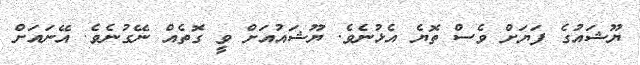
ޔޫޝައުގެ ފަޔަށް ވެސް ތޮޔެ އެޅުނެވެ. ޔޫޝައުއަށް ވީ ގޮތެއް ނޭގުނެވެ. އޭނައަށް